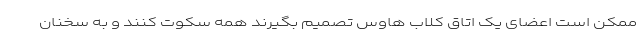
ممکن است اعضای یک اتاق کلاب هاوس تصمیم بگیرند همه سکوت کنند و به سخنان